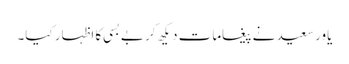
یاور سعید نے پیغامات دیکھ کر بے بسی کا اظہار کیا۔